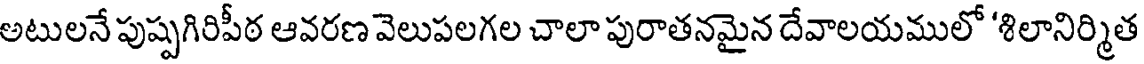
అటులనే పుష్పగిరిపీఠ ఆవరణ వెలుపలగల చాలా పురాతనమైన దేవాలయములో 'శిలానిర్మిత